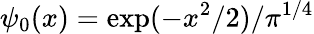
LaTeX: \psi_{0}(x)=\exp(-x^{2}/2)/\pi^{1/4}